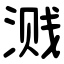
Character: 溅